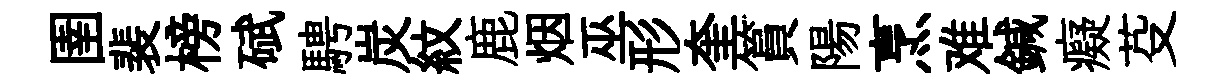
圉裴榜碔騁炭紋鹿烟巫形奎篔陽烹难鍼癡芟